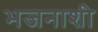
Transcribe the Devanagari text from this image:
भजनाशी